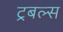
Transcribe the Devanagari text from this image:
ट्रबल्स